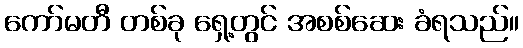
ကော်မတီ တစ်ခု ရှေ့တွင် အစစ်ဆေး ခံရသည်။